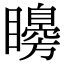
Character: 矏